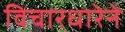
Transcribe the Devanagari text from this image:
विचारधारेने